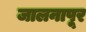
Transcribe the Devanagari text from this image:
जालनापूर